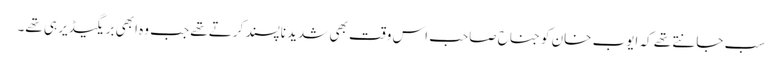
سب جانتے تھے کہ ایوب خان کو جناح صاحب اس وقت بھی شدید ناپسند کرتے تھے جب وہ ابھی بریگیڈیر ہی تھے۔